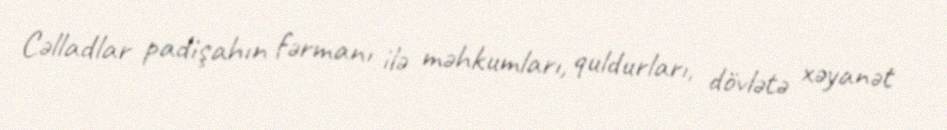
Cəlladlar padişahın fərmanı ilə məhkumları, quldurları, dövlətə xəyanət